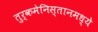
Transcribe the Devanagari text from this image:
तुर्कमेनिस्तानमध्ये